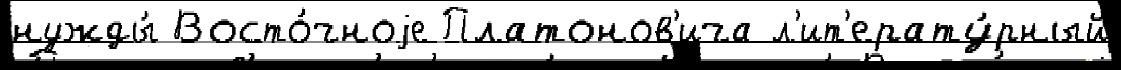
нужды́ Восто́чноjе Платонов'ича л'ит'ерату́рный